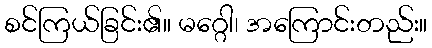
စင်ကြယ်ခြင်း၏။ မဂ္ဂေါ၊ အကြောင်းတည်း။